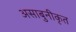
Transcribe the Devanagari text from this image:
असाबुनीकृत